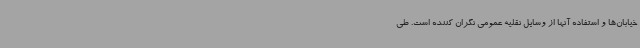
خیابان‌ها و استفاده آنها از وسایل نقلیه عمومی نگران کننده است. طی